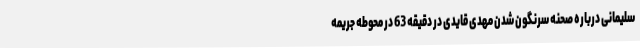
سلیمانی درباره صحنه سرنگون شدن مهدی قایدی در دقیقه 63 در محوطه جریمه